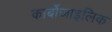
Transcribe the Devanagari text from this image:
कार्बोजाइलिक